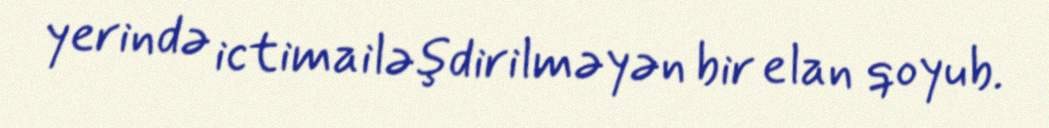
yerində ictimailəşdirilməyən bir elan qoyub.